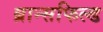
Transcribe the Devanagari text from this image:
ब्रान्सफिल्ड